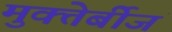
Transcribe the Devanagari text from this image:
मुक्तेर्बीजं